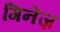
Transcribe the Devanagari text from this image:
गिनेज़